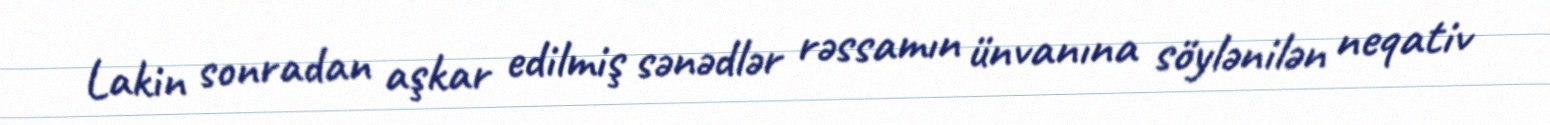
Lakin sonradan aşkar edilmiş sənədlər rəssamın ünvanına söylənilən neqativ